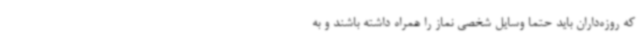
که روزه‌داران باید حتما وسایل شخصی نماز را همراه داشته باشند و به